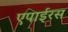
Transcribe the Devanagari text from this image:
एपाईरस